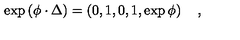
\exp \left( \phi \cdot \Delta \right) = \left( 0 , 1 , 0 , 1 , \exp \phi \right) \quad ,